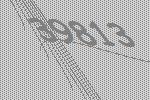
39813